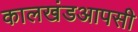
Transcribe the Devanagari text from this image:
कालखंडआपसी